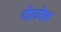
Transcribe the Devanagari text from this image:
टोटनेस